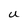
Character: U